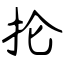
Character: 抡